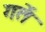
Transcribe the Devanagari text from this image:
गतें